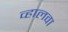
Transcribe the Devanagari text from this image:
व्हालवा